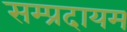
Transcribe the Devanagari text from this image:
सम्प्रदायम